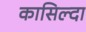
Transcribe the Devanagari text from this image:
कासिल्दा